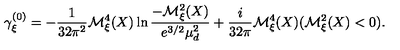
\gamma _ { \xi } ^ { ( 0 ) } = - \frac { 1 } { 3 2 \pi ^ { 2 } } { \cal M } _ { \xi } ^ { 4 } ( X ) \ln \frac { - { \cal M } _ { \xi } ^ { 2 } ( X ) } { e ^ { 3 / 2 } \mu _ { d } ^ { 2 } } + \frac { i } { 3 2 \pi } { \cal M } _ { \xi } ^ { 4 } ( X ) ( { \cal M } _ { \xi } ^ { 2 } ( X ) < 0 ) .